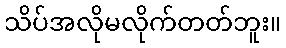
သိပ်အလိုမလိုက်တတ်ဘူး။